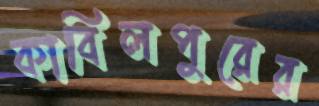
কাবিলপুরের